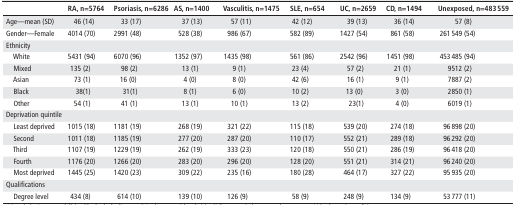
<table><thead><tr><td>[EMPTY_CELL]</td><td><b>RA, n=5764</b></td><td><b>Psoriasis, n=6286</b></td><td><b>AS, n=1400</b></td><td><b>Vasculitis, n=1475</b></td><td><b>SLE, n=654</b></td><td><b>UC, n=2659</b></td><td><b>CD, n=1494</b></td><td><b>Unexposed, n=483 559</b></td></tr></thead><tbody><tr><td>Age—mean (SD)</td><td>46 (14)</td><td>33 (17)</td><td>37 (13)</td><td>57 (11)</td><td>42 (12)</td><td>39 (13)</td><td>36 (14)</td><td>57 (8)</td></tr><tr><td>Gender—Female</td><td>4014 (70)</td><td>2991 (48)</td><td>528 (38)</td><td>986 (67)</td><td>582 (89)</td><td>1427 (54)</td><td>861 (58)</td><td>261 549 (54)</td></tr><tr><td>Ethnicity</td><td>[EMPTY_CELL]</td><td>[EMPTY_CELL]</td><td>[EMPTY_CELL]</td><td>[EMPTY_CELL]</td><td>[EMPTY_CELL]</td><td>[EMPTY_CELL]</td><td>[EMPTY_CELL]</td><td>[EMPTY_CELL]</td></tr><tr><td> White</td><td>5431 (94)</td><td>6070 (96)</td><td>1352 (97)</td><td>1435 (98)</td><td>561 (86)</td><td>2542 (96)</td><td>1451 (98)</td><td>453 485 (94)</td></tr><tr><td> Mixed</td><td>135 (2)</td><td>98 (2)</td><td>13 (1)</td><td>9 (1)</td><td>23 (4)</td><td>57 (2)</td><td>21 (1)</td><td>9512 (2)</td></tr><tr><td> Asian</td><td>73 (1)</td><td>16 (0)</td><td>4 (0)</td><td>8 (0)</td><td>42 (6)</td><td>16 (1)</td><td>9 (1)</td><td>7887 (2)</td></tr><tr><td> Black</td><td>38(1)</td><td>31(1)</td><td>8 (1)</td><td>6 (0)</td><td>10 (2)</td><td>13 (0)</td><td>3 (0)</td><td>2850 (1)</td></tr><tr><td> Other</td><td>54 (1)</td><td>41 (1)</td><td>13 (1)</td><td>10 (1)</td><td>13 (2)</td><td>23(1)</td><td>4 (0)</td><td>6019 (1)</td></tr><tr><td>Deprivation quintile</td><td>[EMPTY_CELL]</td><td>[EMPTY_CELL]</td><td>[EMPTY_CELL]</td><td>[EMPTY_CELL]</td><td>[EMPTY_CELL]</td><td>[EMPTY_CELL]</td><td>[EMPTY_CELL]</td><td>[EMPTY_CELL]</td></tr><tr><td> Least deprived</td><td>1015 (18)</td><td>1181 (19)</td><td>268 (19)</td><td>321 (22)</td><td>115 (18)</td><td>539 (20)</td><td>274 (18)</td><td>96 898 (20)</td></tr><tr><td> Second</td><td>1011 (18)</td><td>1185 (19)</td><td>277 (20)</td><td>287 (20)</td><td>110 (17)</td><td>552 (21)</td><td>289 (18)</td><td>96 292 (20)</td></tr><tr><td> Third</td><td>1107 (19)</td><td>1229 (19)</td><td>262 (19)</td><td>333 (23)</td><td>120 (18)</td><td>550 (21)</td><td>286 (19)</td><td>96 418 (20)</td></tr><tr><td> Fourth</td><td>1176 (20)</td><td>1266 (20)</td><td>283 (20)</td><td>296 (20)</td><td>128 (20)</td><td>551 (21)</td><td>314 (21)</td><td>96 240 (20)</td></tr><tr><td> Most deprived</td><td>1445 (25)</td><td>1420 (23)</td><td>309 (22)</td><td>235 (16)</td><td>180 (28)</td><td>464 (17)</td><td>327 (22)</td><td>95 935 (20)</td></tr><tr><td>Qualifications</td><td>[EMPTY_CELL]</td><td>[EMPTY_CELL]</td><td>[EMPTY_CELL]</td><td>[EMPTY_CELL]</td><td>[EMPTY_CELL]</td><td>[EMPTY_CELL]</td><td>[EMPTY_CELL]</td><td>[EMPTY_CELL]</td></tr><tr><td> Degree level</td><td>434 (8)</td><td>614 (10)</td><td>139 (10)</td><td>126 (9)</td><td>58 (9)</td><td>248 (9)</td><td>134 (9)</td><td>53 777 (11)</td></tr></tbody></table>